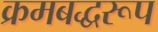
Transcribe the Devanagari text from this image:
क्रमबद्धरूप